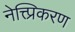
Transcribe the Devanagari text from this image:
नेत्त्प्रिकरण